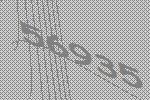
56935